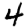
Digit: 4